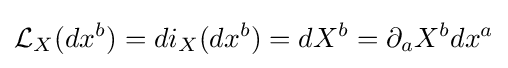
{\mathcal {L}}_{X}(dx^{b})=di_{X}(dx^{b})=dX^{b}=\partial _{a}X^{b}dx^{a}